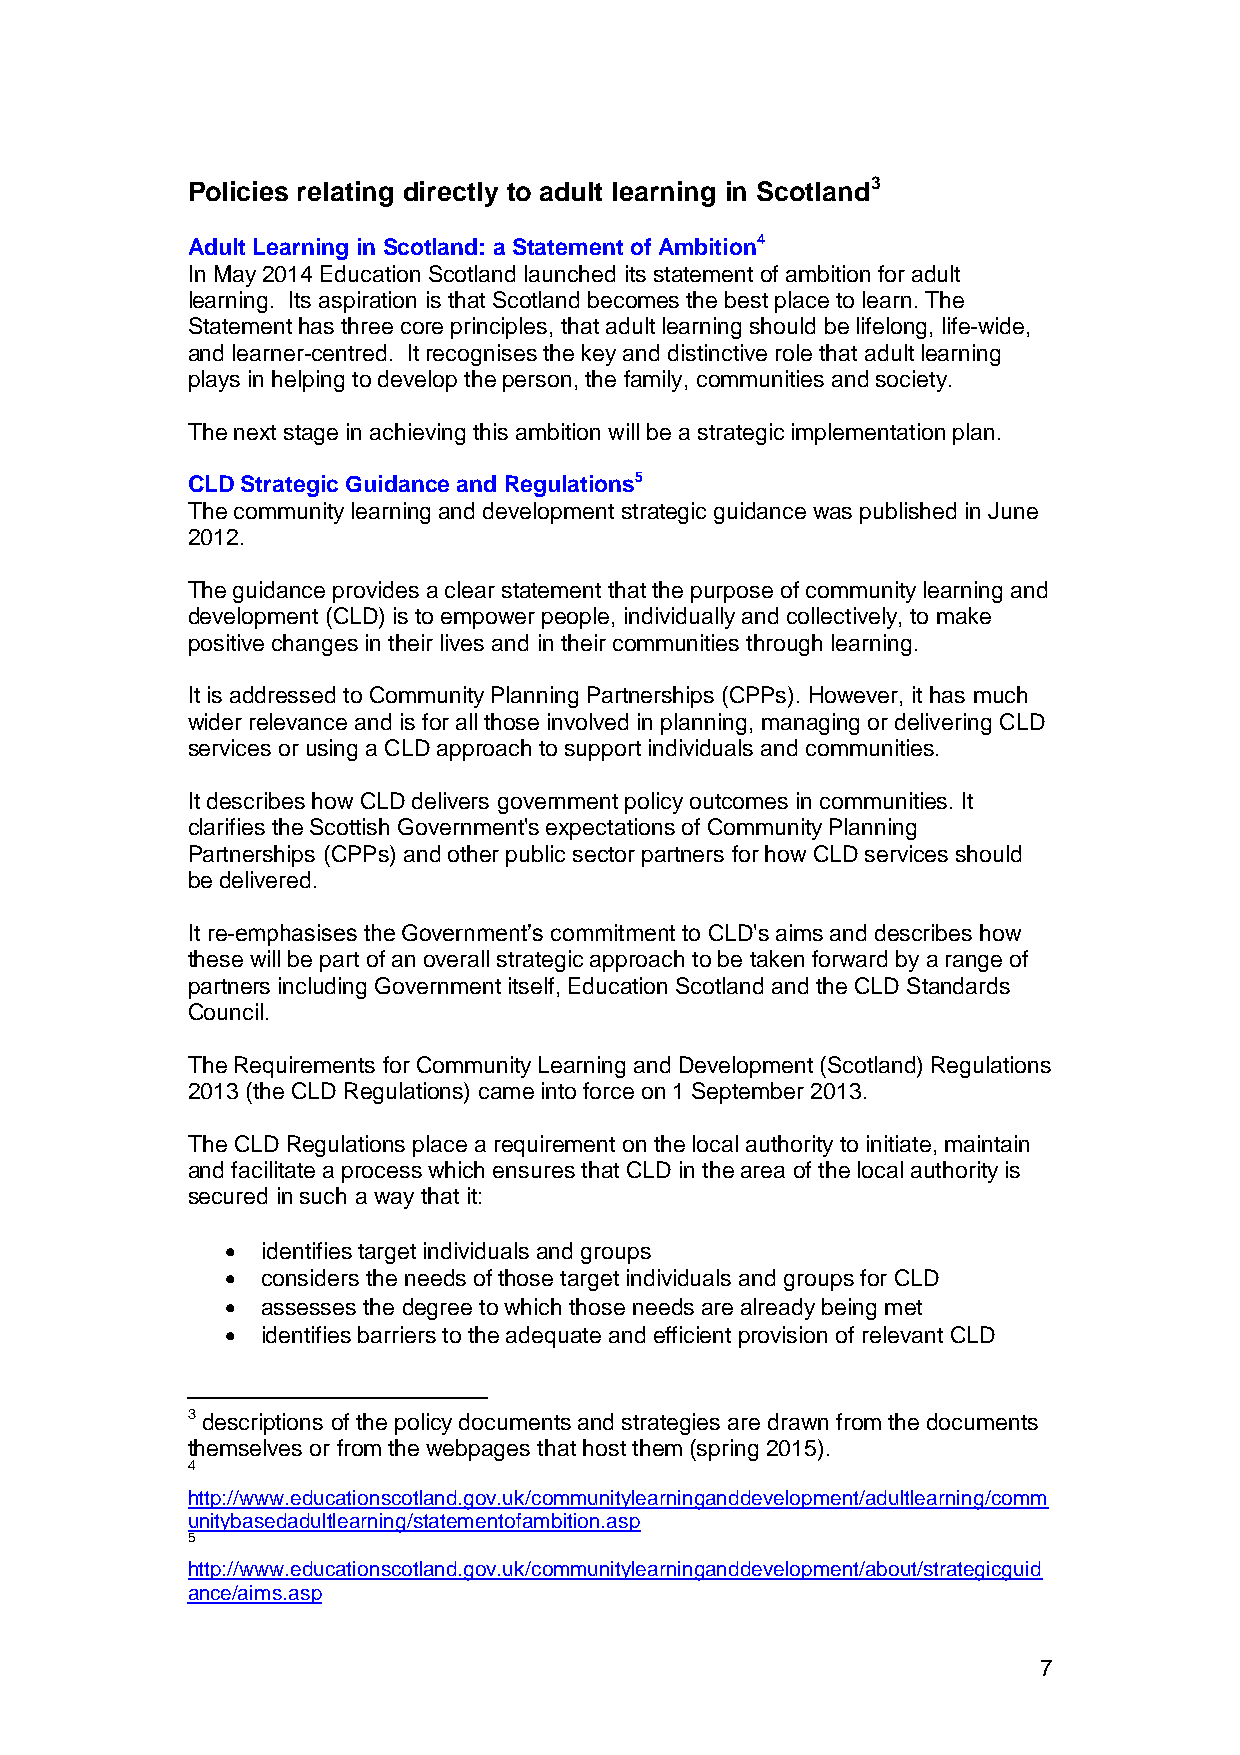
Policies relating directly to adult learning in Scotland3
 Adult Learning in Scotland: a Statement of Ambition4
 In May 2014 Education Scotland launched its statement of ambition for adult
 learning. Its aspiration is that Scotland becomes the best place to learn. The
 Statement has three core principles, that adult learning should be lifelong, life-wide,
 and learner-centred. It recognises the key and distinctive role that adult learning
 plays in helping to develop the person, the family, communities and society.
 The next stage in achieving this ambition will be a strategic implementation plan.
 CLD Strategic Guidance and Regulations5
 The community learning and development strategic guidance was published in June
 2012.
 The guidance provides a clear statement that the purpose of community learning and
 development (CLD) is to empower people, individually and collectively, to make
 positive changes in their lives and in their communities through learning.
 It is addressed to Community Planning Partnerships (CPPs). However, it has much
 wider relevance and is for all those involved in planning, managing or delivering CLD
 services or using a CLD approach to support individuals and communities.
 It describes how CLD delivers government policy outcomes in communities. It
 clarifies the Scottish Government's expectations of Community Planning
 Partnerships (CPPs) and other public sector partners for how CLD services should
 be delivered.
 It re-emphasises the Government’s commitment to CLD's aims and describes how
 these will be part of an overall strategic approach to be taken forward by a range of
 partners including Government itself, Education Scotland and the CLD Standards
 Council.
 The Requirements for Community Learning and Development (Scotland) Regulations
 2013 (the CLD Regulations) came into force on 1 September 2013.
 The CLD Regulations place a requirement on the local authority to initiate, maintain
 and facilitate a process which ensures that CLD in the area of the local authority is
 secured in such a way that it:
  identifies target individuals and groups
  considers the needs of those target individuals and groups for CLD
  assesses the degree to which those needs are already being met
  identifies barriers to the adequate and efficient provision of relevant CLD
 3 descriptions of the policy documents and strategies are drawn from the documents
 themselves or from the webpages that host them (spring 2015).
 4
 http://www.educationscotland.gov.uk/communitylearninganddevelopment/adultlearning/comm
 unitybasedadultlearning/statementofambition.asp
 5
 http://www.educationscotland.gov.uk/communitylearninganddevelopment/about/strategicguid
 ance/aims.asp
 7